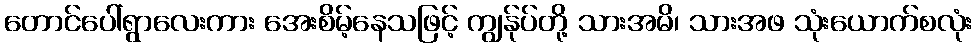
တောင်ပေါ်ရွာလေးကား အေးစိမ့်နေသဖြင့် ကျွန်ုပ်တို့ သားအမိ၊ သားအဖ သုံးယောက်စလုံး